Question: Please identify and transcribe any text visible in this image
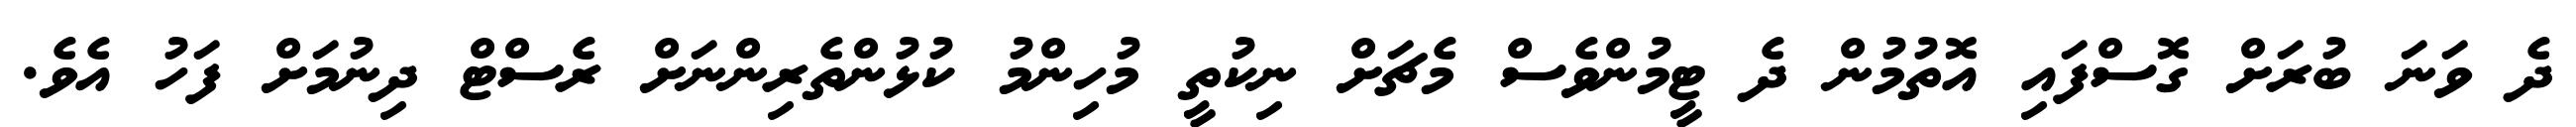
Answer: ދެ ވަނަ ބުރަށް ގޮސްފައި އޮތުމުން ދެ ޓީމުންވެސް މެޗަށް ނިކުތީ މުހިންމު ކުޅުންތެރިންނަށް ރެސްޓް ދިނުމަށް ފަހު އެވެ.